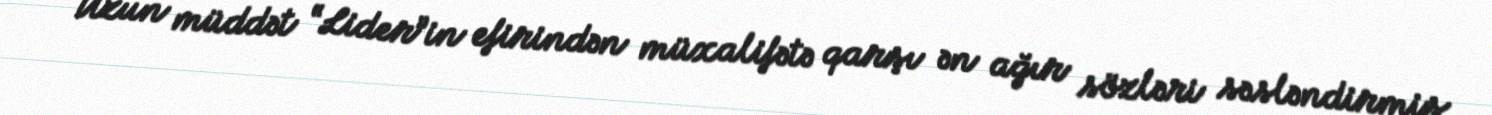
- Uzun müddət “Lider”in efirindən müxalifətə qarşı ən ağır sözləri səsləndirmiş